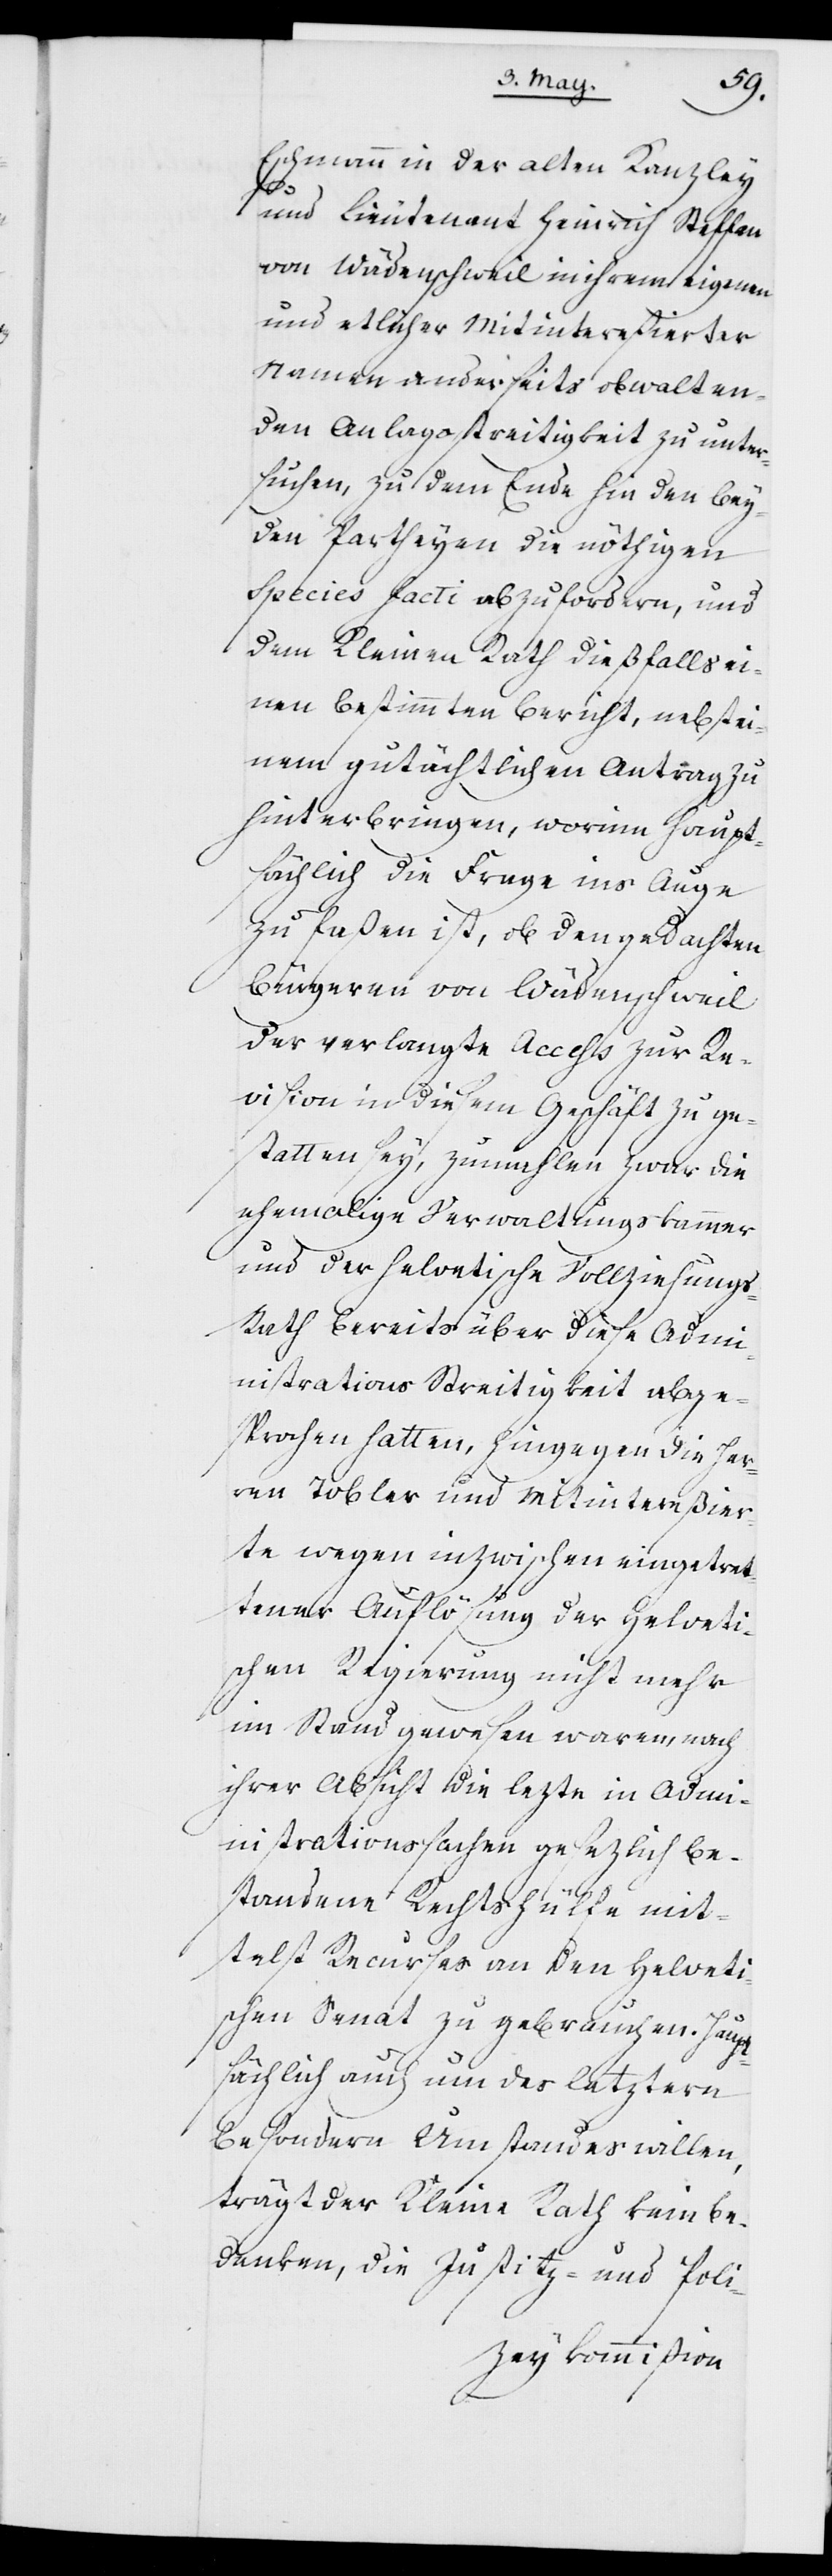
Eschmann in der alten Kanzley
und Lieutenant Heinrich Steffen
von Wädenschweil in ihrem eigenen
und etlicher Mitintereßierter
Namen anderseits, obwalten¬
den Anlagestreitigkeit zu unter¬
suchen, zu dem Ende hin den bey¬
den Partheyen die nöthigen
Species facti abzufordern, und
dem Kleinen Rath dießfalls ei¬
nen bestimmten Bericht, nebst ei¬
nem gutächtlichen Antrag zu
hinterbringen, worinn haupt¬
sächlich die Frage ins Auge
zu faßen ist, ob den gedachten
Bürgeren von Wädenschweil
der verlangte Access zur Re¬
vision in diesem Geschäft zu ge¬
statten sey, zumahlen zwar die
ehemalige Verwaltungskammer
und der helvetische Vollziehungs-R¬
ath bereits über diese Adm¬
inistrations Streitigkeit abge¬
sprochen hatten, hingegen die Her¬
ren Tobler und Mitintereßier¬
te wegen inzwischen eingetret¬
tener Auflösung der Helveti¬
schen Regierung nicht mehr
im Stand gewesen waren, nach
ihrer Absicht die lezte in Admi¬
nistrationssachen gesezlich be¬
standene Rechtshülfe mit¬
telst Recurses an den Helveti¬
schen Senat zu gebrauchen. Haupt¬
sächlich auch um des letztern
besondern Umstandes willen,
trägt der kleine Rath kein Be¬
denken, die Justitz- und Poli-